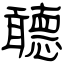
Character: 聼